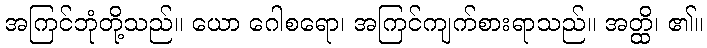
အကြင်ဘုံတို့သည်။ ယော ဂေါစရော၊ အကြင်ကျက်စားရာသည်။ အတ္ထိ၊ ၏။